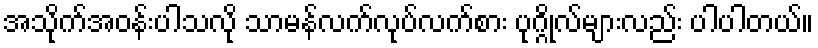
အသိုက်အဝန်းပါသလို သာမန်လက်လုပ်လက်စား ပုဂ္ဂိုလ်များလည်း ပါပါတယ်။